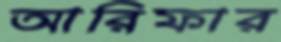
আরিফার